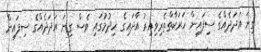
ގިނަ އަދަދެއްގެ ސިފައިން ހަރަކާތްތެރިވިއިރު އާދައިގެ ހިދުމުގައި ވެސް ގިނަ އަދަދެއްގެ ސިފައިން